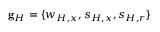
\mathbf { g } _ { H } = \{ w _ { H , x } , s _ { H , x } , s _ { H , r } \}